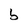
Character: b